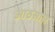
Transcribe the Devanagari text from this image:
आठसाल